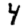
Digit: 4